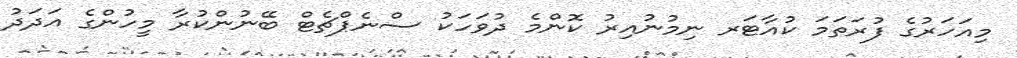
މިއަހަރުގެ ފުރަތަމަ ކުއާޓަރ ނިމުނުއިރު ކޮންމެ ދުވަހަކު ސްނެޕްޗެޓް ބޭނުންކުރާ މީހުންގެ އަދަދު